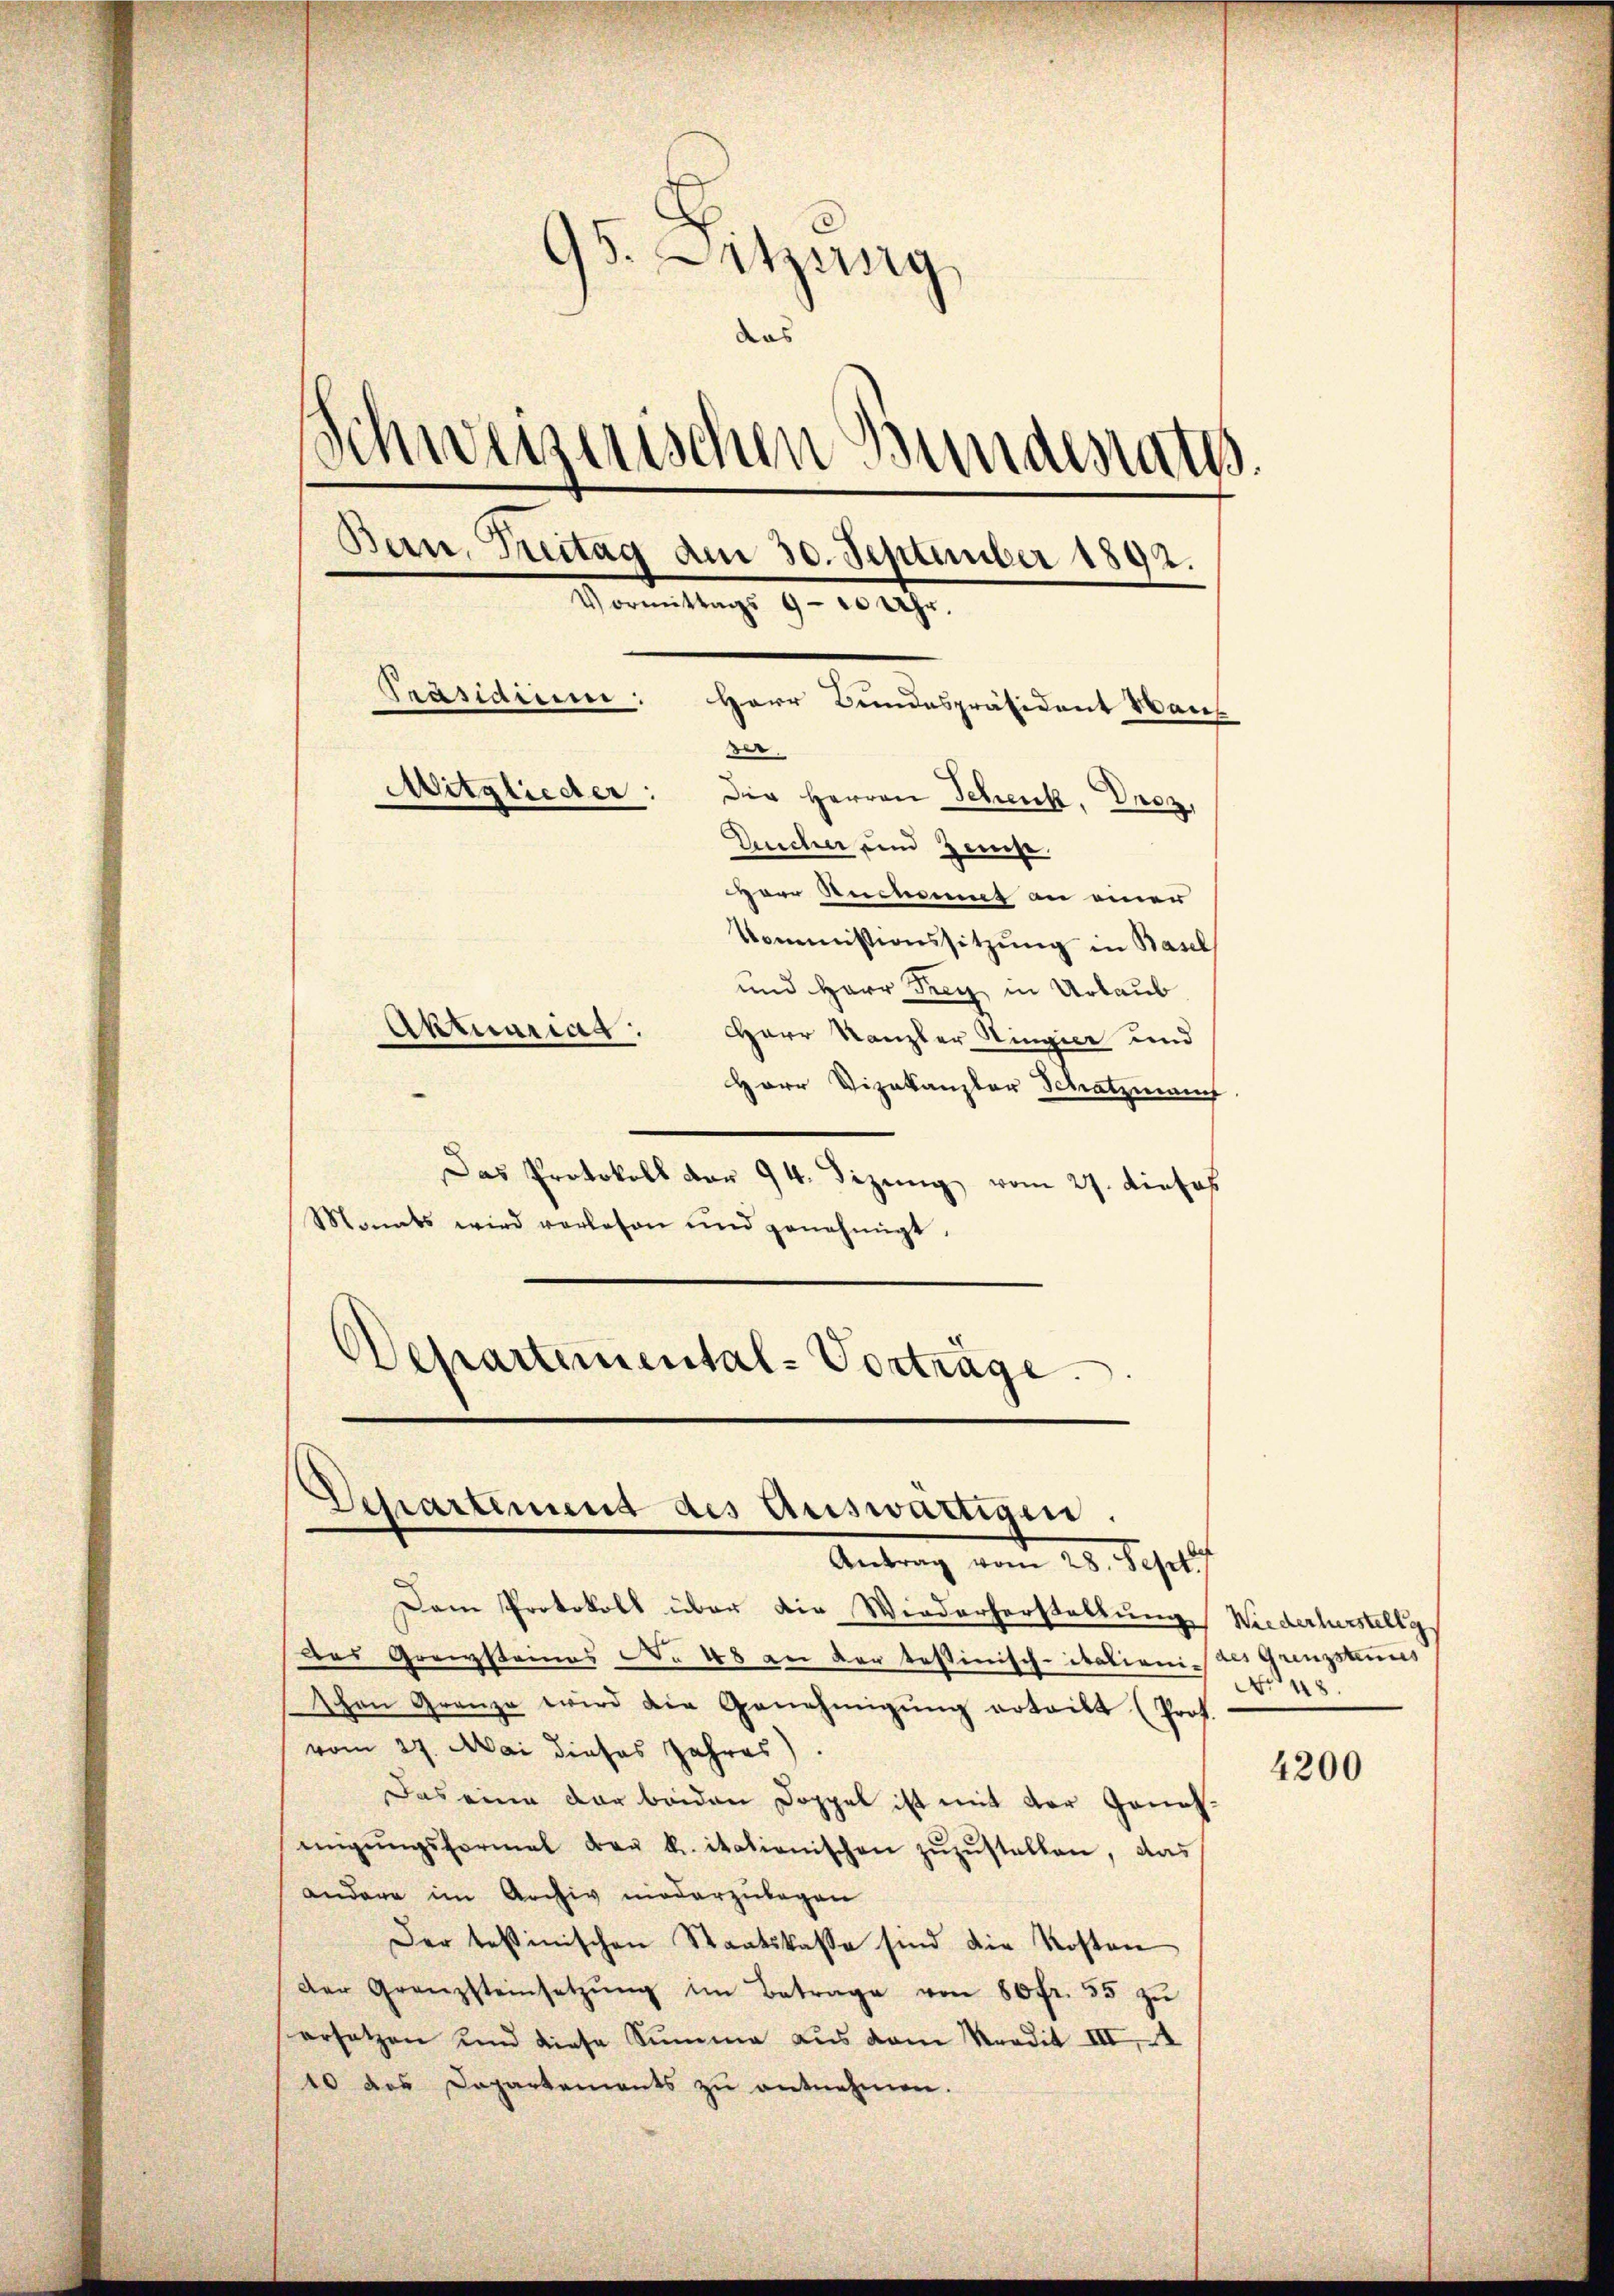
s
93. Eitzing
das
Schweizerischen Bundesrath.
Bern, Zitag am 30. September 1892.
Vormittags 9 - 10 Uhr.
Präsidium.
Herr Bundespräsident Wan
der
Mitglieder: Die Herren Schenk, Dnez,
Ducher und Zinse
Herr Rechnet an einer
Commissionssitzŭng in Basel
und Herr Frey in Urlaub
Aktuariat.
Herr Kanzler Ringier und

Herr Vizekanzler Schatzmann.
Das Protokoll der 94. Dizung vom 27. dieses
Monats wird vorlesen und genehmigt.
Departemental-Vorträge

.
Separtement des Auswärtigen.
Antrag von 25. Schulf

Dem Protokoll über die Wiederherstellung Wiederlurstellg
Das Grenzsteines No 48 an der tessinisch-itationi der Grenzsteins
schen Grenze wird die Genehmigŭng erteilt (Prot.
vom 27. Mai dieses Jahres).
Das eine der beiden Doppel ist mit der Genehmigŭngsformal der k. italienischen zŭzŭstellen, das
andere im Archiv niederzulegen
Der testinischen Staatskasse sind die Kosten
Der Grenzsteinsetzŭng im Betrage von 80fr. 55 zŭ
ersatzen und diese Summe aus dem Kredit III 4
10 des Departements zu entnehmen.

No 48.

4200